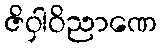
ဇိဝှါဝိညာဏေ